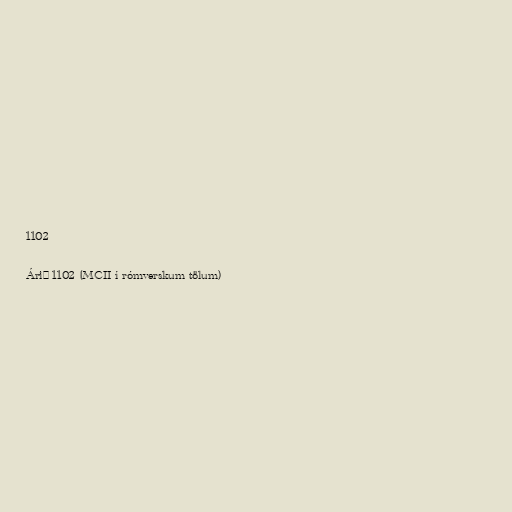
1102

Árið 1102 (MCII í rómverskum tölum)